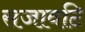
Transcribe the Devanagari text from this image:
सजावटि